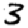
Digit: 3